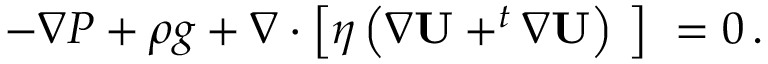
- \nabla P + \rho g + \nabla \cdot \left[ \eta \left( \nabla \mathbf { U } + ^ { t } \nabla \mathbf { U } \right) \ \right] \ = 0 \, .